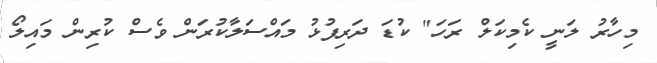
މިހާރު ލަނީ ކެމިކަލް ރަހަ" ކުޑަ ދަރިފުޅު މައްސަލާކުރަން ވެސް ކުރިން މައިލޯ